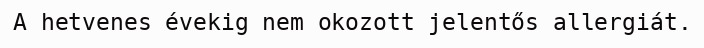
A hetvenes évekig nem okozott jelentős allergiát.